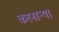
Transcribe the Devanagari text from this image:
करनार्‍या